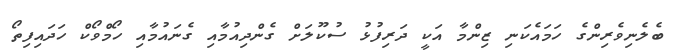
ބެލެނިވެރިންގެ ހަމައެކަނި ޒިންމާ އަކީ ދަރިފުޅު ސުކޫލަށް ގެންދިއުމާއި ގެނައުމާއި ހޯމްވޯކް ހަދައިފިތޯ